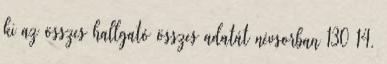
ki az összes hallgató összes adatát névsorban 130 14.